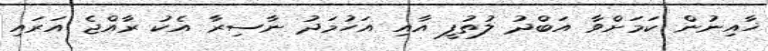
ޚާއިނުން ކަމަށްވާ އަބްދު ލުތުފީ އާއި އަހުމަދު ނާސިރާ އެކު ރާއްޖެ އަރައި